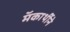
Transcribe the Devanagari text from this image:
मॅकार्थीने